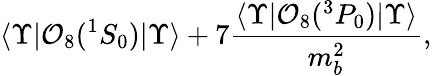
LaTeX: \langle\Upsilon\vert{\cal O}_{8}(^{1}S_{0})\vert\Upsilon\rangle+7\frac{\langle\Upsilon\vert{\cal O}_{8}(^{3}P_{0})\vert\Upsilon\rangle}{m_{b}^{2}},